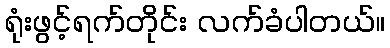
ရုံးဖွင့်ရက်တိုင်း လက်ခံပါတယ်။